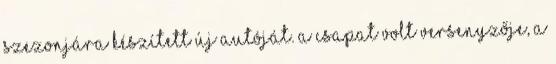
szezonjára készített új autóját. A csapat volt versenyzője, a